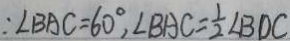
\because \angle B A C = 6 0 ^ { \circ } , \angle B A C = \frac { 1 } { 2 } \angle B D C